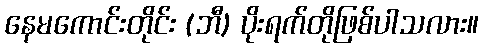
နေမကောင်းတိုင်း (ဘီ) ပိုးရက်တိုဖြစ်ပါသလား။